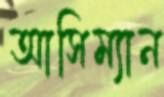
আসিম্যান